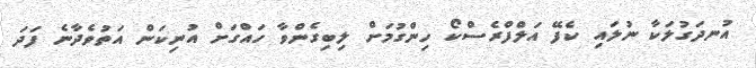
އުނދަގުލަކާ ނުލައި ކެފޭ އަލްފްރެސްކޯ ހިންގުމަށް ލިބިގެންވާ ހައްގަށް އުނިކަން އަތުވެދާނެ ފަދަ